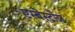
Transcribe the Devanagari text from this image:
एस्बेस्टोज